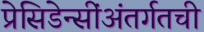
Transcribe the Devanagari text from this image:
प्रेसिडेन्सींअंतर्गतची